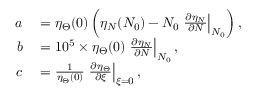
\begin{array} { r l } { a } & { { } = \eta _ { \Theta } ( 0 ) \left( \eta _ { N } ( N _ { 0 } ) - N _ { 0 } \left. \frac { \partial \eta _ { N } } { \partial N } \right| _ { N _ { 0 } } \right) , } \\ { b } & { { } = 1 0 ^ { 5 } \times \eta _ { \Theta } ( 0 ) \left. \frac { \partial \eta _ { N } } { \partial N } \right| _ { N _ { 0 } } , } \\ { c } & { { } = \frac { 1 } { \eta _ { \Theta } ( 0 ) } \left. \frac { \partial \eta _ { \Theta } } { \partial \xi } \right| _ { \xi = 0 } , } \end{array}